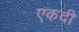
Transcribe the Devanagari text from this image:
एकदी